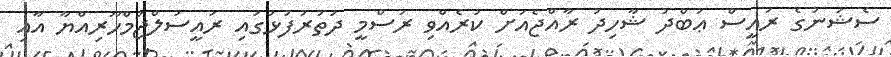
ސެޝަނުގެ ރައީސް ޢަބްދު ޝާހިދު ރާއްޖެއަށް ކުރެއްވި ރަސްމީ ދަތުރުފުޅުގައި ރައީސުލްޖުމްހޫރިއްޔާ އާއި